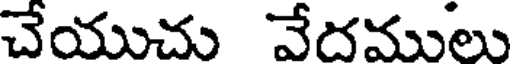
చేయుచు వేదములు